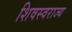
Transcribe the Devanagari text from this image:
शिवस्वराज्य